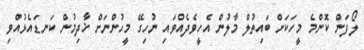
ލޯފަން ކޮންމެ މީހަކަށް ބައިތުލް މާލުން އެހީވެދެއްވައި ނުހިގޭ މީހުންނަށް ޚާދިމުން ކަނޑައެޅުއްވި